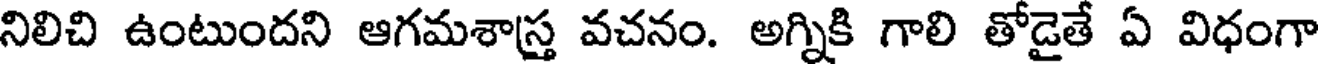
నిలిచి ఉంటుందని ఆగమశాస్త్ర వచనం. అగ్నికి గాలి తోడైతే ఏ విధంగా